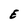
Character: E